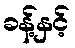
ခန့်နှင့်